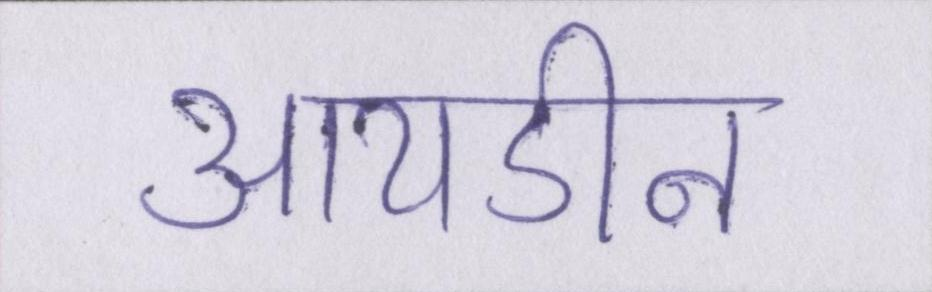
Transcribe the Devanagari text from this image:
आयडीन